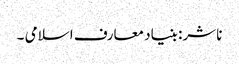
ناشر: بنیاد معارف اسلامی ۔